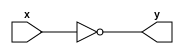
module not_g (output y, input x);    	//Gates built using the universal gate NAND
   nand (y, x, x);
endmodule
 
module and_g (output x, input A, B);
   wire a;
        	
   nand (a, A, B);
   nand (x, a, a);
endmodule
 
module or_g (output x, input C, D);
   wire a, b;
        
   nand (a, C, C);
   nand (b, D, D);
   nand (x, a, b);
endmodule
 
module mux_2_1 (output Y, input I0, I1, S);    //Submodule for Multiplexer used to check if BCD number is valid

   wire a, b, c;
	not_g n1 (a,S);
	
	and_g a1 (b, I0, a);
	and_g a2 (c, I1, S);
	
	or_g o1 (Y, b, c);
endmodule
 
module gated_sr_latch (output Q, Q_bar, input S, R, Clk);
  
   wire a, b;
	wire x, y;
	wire temp, bar_temp;
                                	
   and_g a1 (a, S, Clk);
   and_g a2 (b, a, R);          //Checking if Clk is 1, then it is invalid case
   
	nand (x, S, Clk);
	nand (y, Clk, R);
	
	nand (temp, x, bar_temp);
	nand (bar_temp, y, temp);
	
    mux_2_1 m1 (.Y(Q), .I0(temp), .I1(1'bx), .S(b));
	 mux_2_1 m2 (.Y(Q_bar), .I0(bar_temp), .I1(1'bx), .S(b));

endmodule